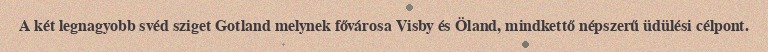
A két legnagyobb svéd sziget Gotland melynek fővárosa Visby és Öland, mindkettő népszerű üdülési célpont.